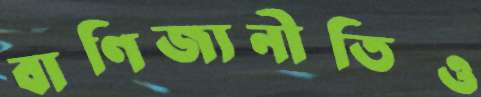
বাণিজ্যনীতিও